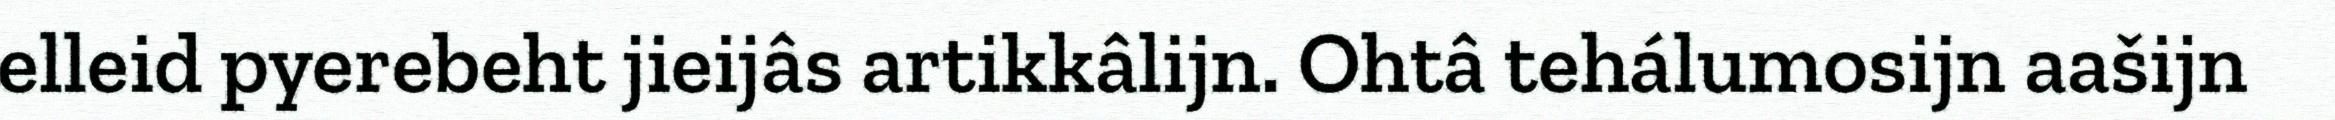
elleid pyerebeht jieijâs artikkâlijn. Ohtâ tehálumosijn aašijn